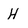
Character: H